Indian journal of veterinary science and animal husbandry - Volumes 18-21, 1948-1951
Year: 1948
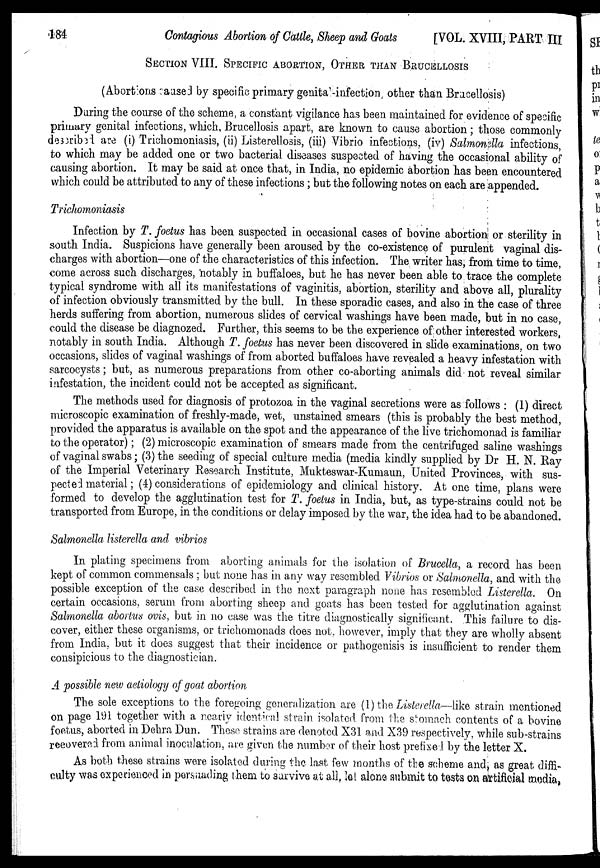
184
Contagious Abortion of Cattle, Sheep and Goats
[VOL. XVIII, PART III
SECTION VIII. SPECIFIC ABORTION, OTHER THAN BRUCELLOSIS
(Abortions caused by specific primary genita infection, other than Brucellosis)
During the course of the scheme, a constant vigilance has been maintained for evidence of specific
primary genital infections, which, Brucellosis apart, are known to cause abortion ; those commonly
described are (i) Trichomoniasis, (ii) Listerellosis, (iii) Vibrio infections, (iv) Salmonella infections,
to which may be added one or two bacterial diseases suspected of having the occasional ability of
causing abortion. It may be said at once that, in India, no epidemic abortion has been encountered
which could be attributed to any of these infections ; but the following notes on each are appended.
Trichomoniasis
Infection by T. foetus has been suspected in occasional cases of bovine abortion or sterility in
south India. Suspicions have generally been aroused by the co-existence of purulent vaginal dis-
charges with abortion—one of the characteristics of this infection. The writer has, from time to time,
come across such discharges, notably in buffaloes, but he has never been able to trace the complete
typical syndrome with all its manifestations of vaginitis, abortion, sterility and above all, plurality
of infection obviously transmitted by the bull. In these sporadic cases, and also in the case of three
herds suffering from abortion, numerous slides of cervical washings have been made, but in no case,
could the disease be diagnozed. Further, this seems to be the experience of other interested workers,
notably in south India. Although T. foetus has never been discovered in slide examinations, on two
occasions, slides of vaginal washings of from aborted buffaloes have revealed a heavy infestation with
sarcocysts ; but, as numerous preparations from other co-aborting animals did not reveal similar
infestation, the incident could not be accepted as significant.
The methods used for diagnosis of protozoa in the vaginal secretions were as follows : (1) direct
microscopic examination of freshly-made, wet, unstained smears (this is probably the best method,
provided the apparatus is available on the spot and the appearance of the live trichomonad is familiar
to the operator); (2) microscopic examination of smears made from the centrifuged saline washings
of vaginal swabs ; (3) the seeding of special culture media (media kindly supplied by Dr H. N. Ray
of the Imperial Veterinary Research Institute, Mukteswar-Kumaun, United Provinces, with sus-
pected material ; (4) considerations of epidemiology and clinical history. At one time, plans were
formed to develop the agglutination test for T. foetus in India, but, as type-strains could not be
transported from Europe, in the conditions or delay imposed by the war, the idea had to be abandoned.
Salmonella listerella and vibrios
In plating specimens from aborting animals for the isolation of Brucella, a record has been
kept of common commensals ; but none has in any way resembled Vibrios or Salmonella, and with the
possible exception of the case described in the next paragraph none has resembled Listerella. On
certain occasions, serum from aborting sheep and goats has been tested for agglutination against
Salmonella abortus ovis, but in no case was the titre diagnostically significant. This failure to dis-
cover, either these organisms, or trichomonads does not, however, imply that they are wholly absent
from India, but it does suggest that their incidence or pathogenisis is insufficient to render them
consipicious to the diagnostician.
A possible new aetiology of goat abortion
The sole exceptions to the foregoing generalization are (1) the Listerella—like strain mentioned
on page 191 together with a nearly identical strain isolated from the stomach contents of a bovine
foetus, aborted in Dehra Dun. These strains are denoted X31 and X39 respectively, while sub-strains
recovered from animal inoculation, are given the number of their host prefixed by the letter X.
As both these strains were isolated during the last few months of the scheme and, as great diffi-
culty was experienced in persuading them to survive at all, lat alone submit to tests on artificial media,